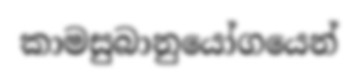
කාමසුබානුයෝගයෙන්